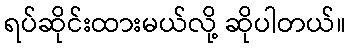
ရပ်ဆိုင်းထားမယ်လို့ ဆိုပါတယ်။